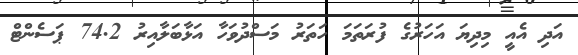
އަދި އެއީ މިދިޔަ އަހަރުގެ ފުރަތަމަ ހަތަރު މަސްދުވަހާ އަޅާބަލާއިރު 74.2 ޕަސެންޓް